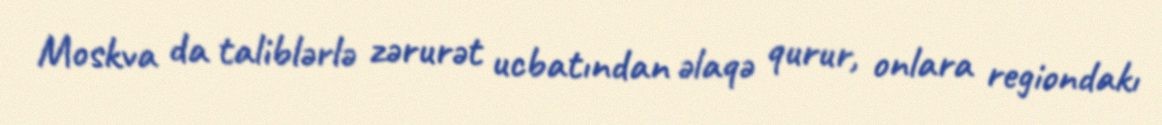
Moskva da taliblərlə zərurət ucbatından əlaqə qurur, onlara regiondakı